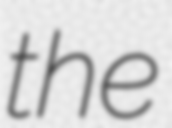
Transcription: the